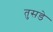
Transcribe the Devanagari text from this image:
तुसडे